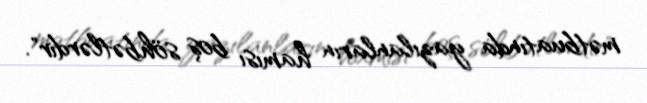
mətbuatında yazılanların hamısı boş söhbətlərdir".